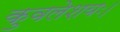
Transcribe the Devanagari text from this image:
कुवलेशयः।